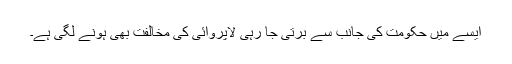
ایسے میں حکومت کی جانب سے برتی جا رہی لاپروائی کی مخالفت بھی ہونے لگی ہے۔